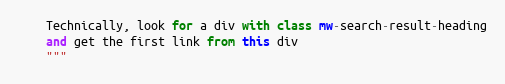
Language: Python
    Technically, look for a div with class mw-search-result-heading
    and get the first link from this div
    """